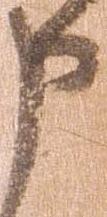
申